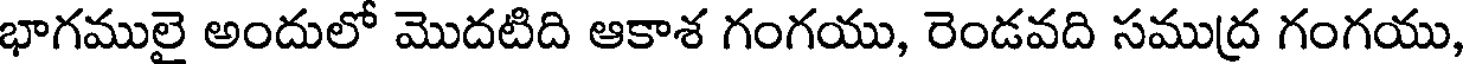
భాగములై అందులో మొదటిది ఆకాశ గంగయు, రెండవది సముద్ర గంగయు,